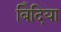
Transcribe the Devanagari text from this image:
बिँदिया